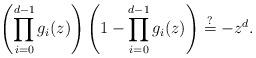
LaTeX: \begin{align*}\left(\prod_{i=0}^{d-1}g_i(z)\right)\left(1-\prod_{i=0}^{d-1}g_i(z)\right)\overset{?}{=}-z^d.\end{align*}